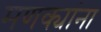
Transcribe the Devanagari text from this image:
मणक्यांना